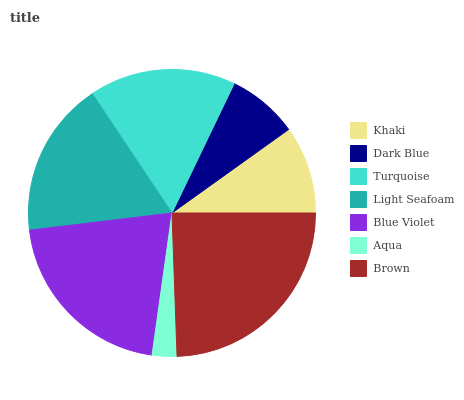
| Khaki | Dark Blue | Turquoise | Light Seafoam | Blue Violet | Aqua | Brown |
 | --- | --- | --- | --- | --- | --- | --- |
 | 9.88% | 7.97% | 16.5% | 17.5% | 20.8% | 2.77% | 24.5% |